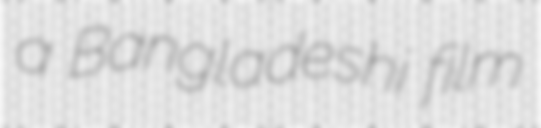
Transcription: a Bangladeshi film